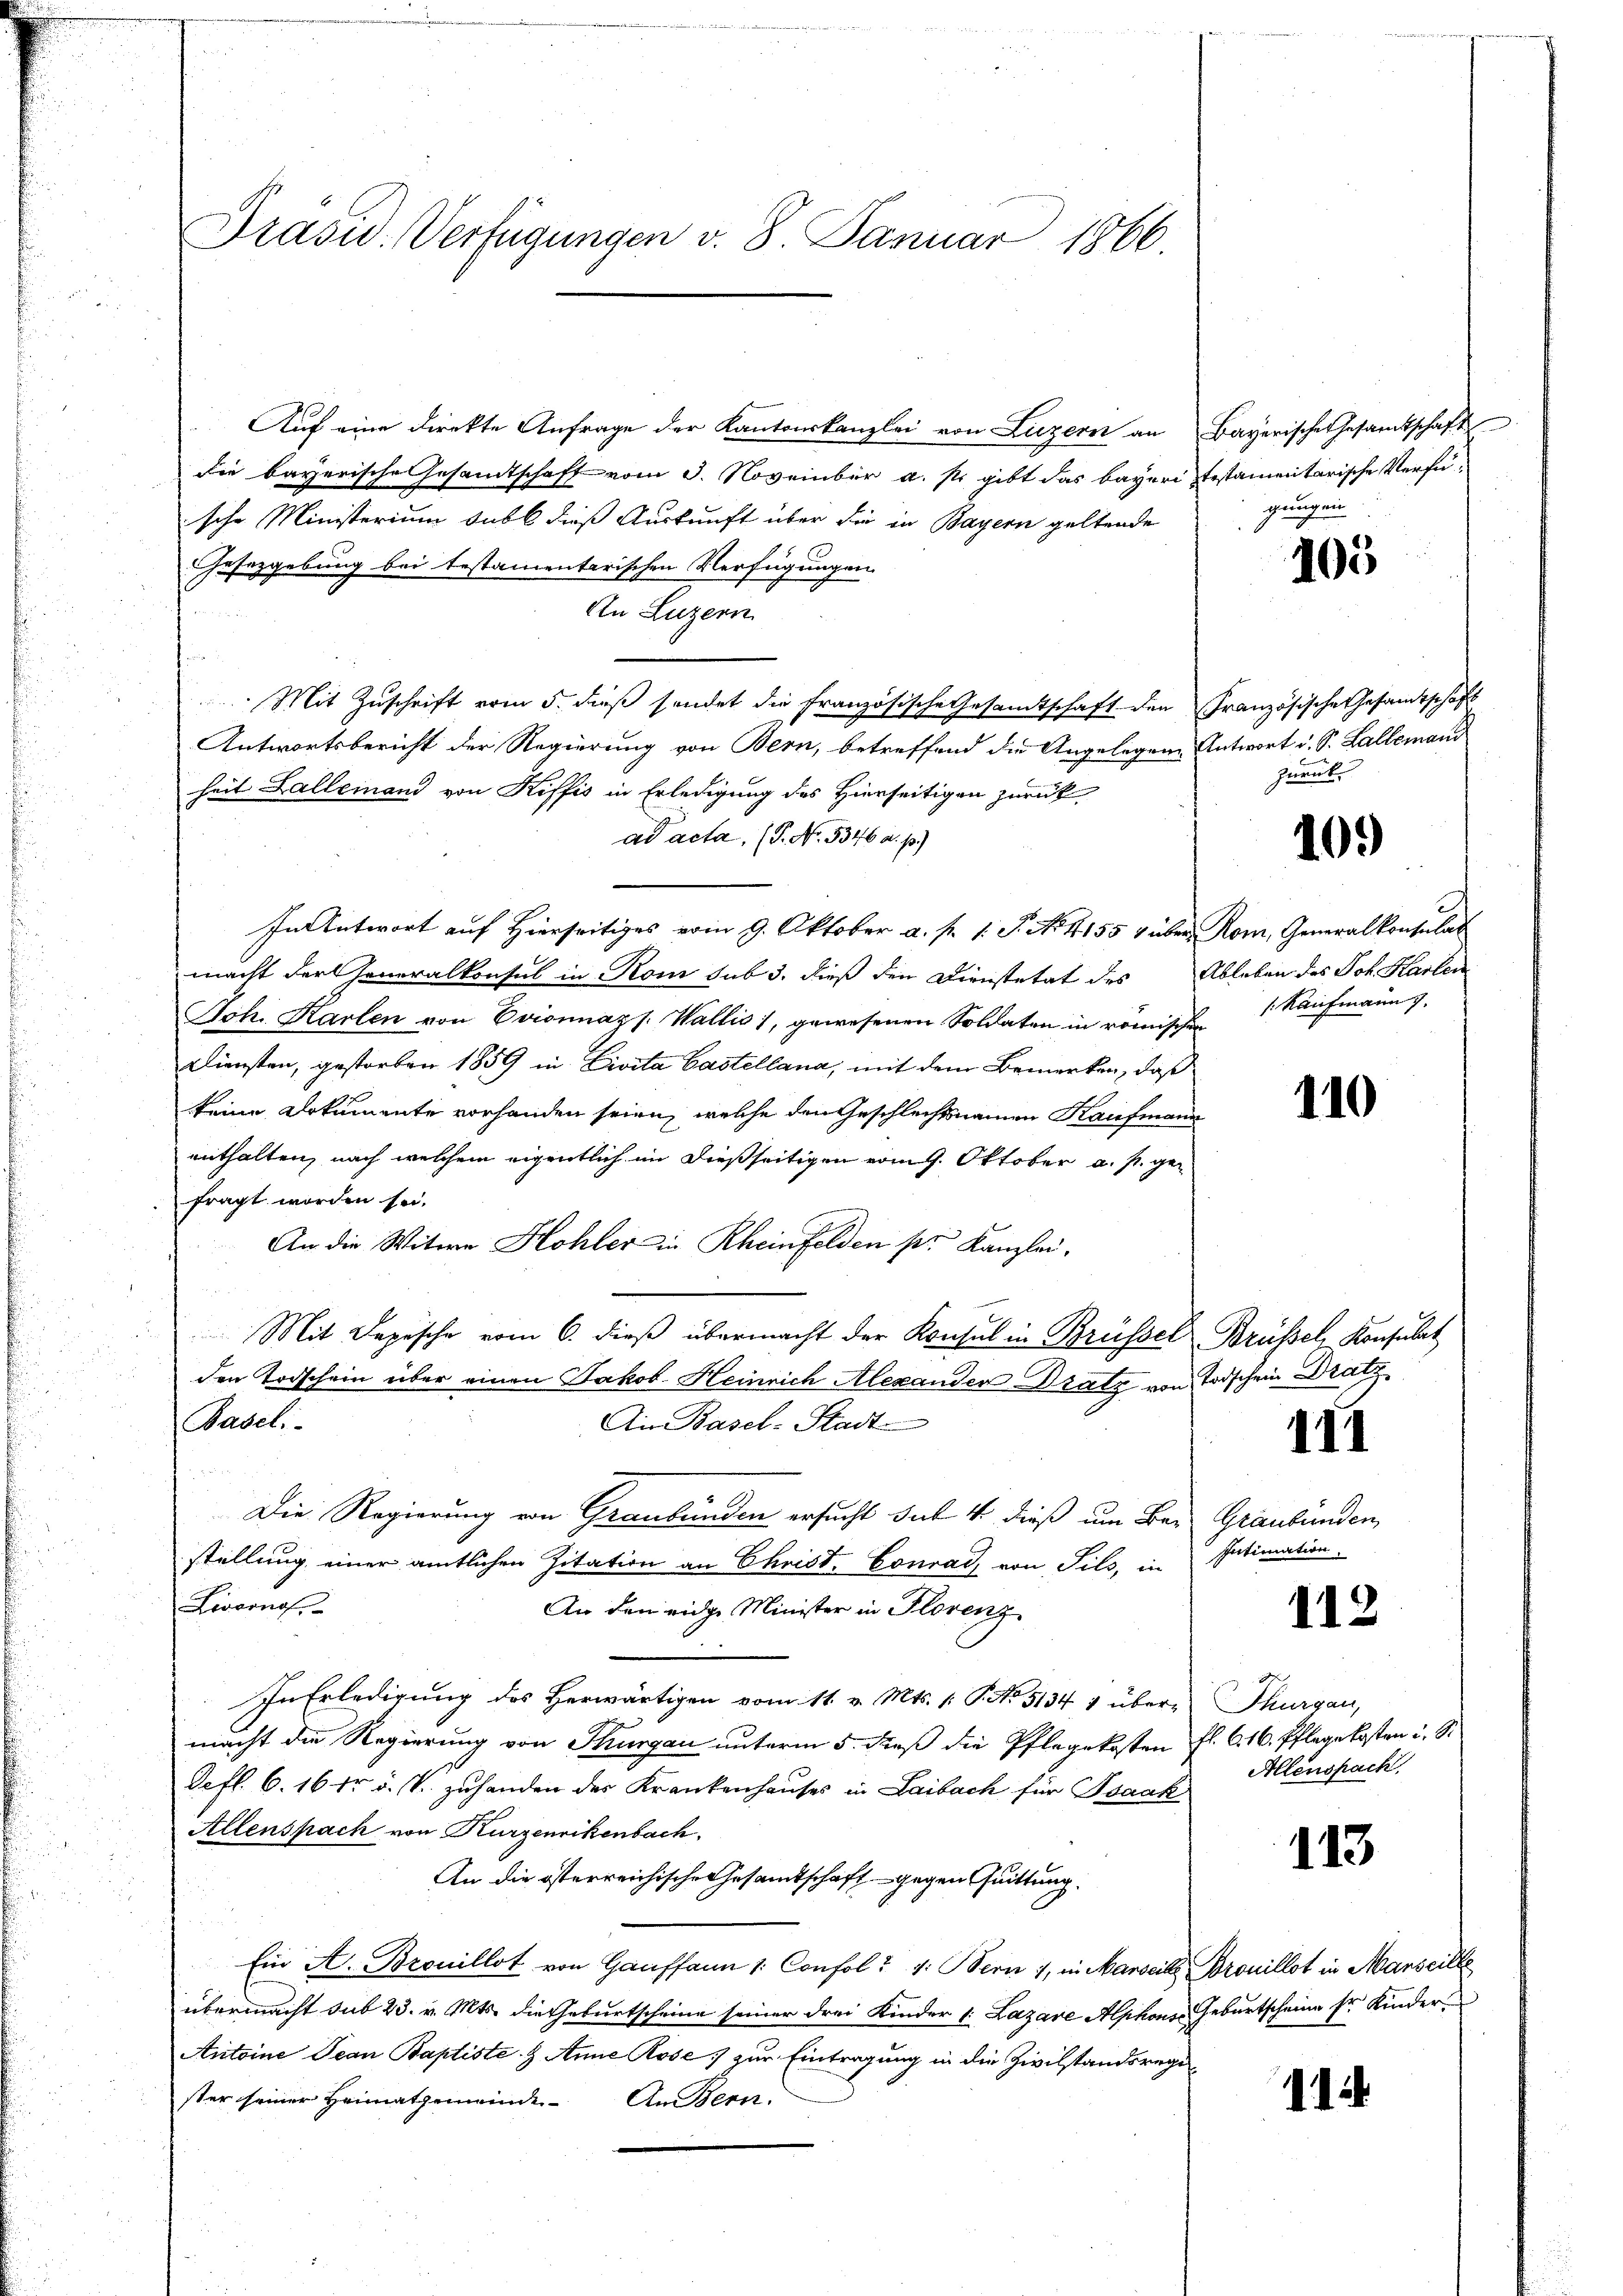
Präsid. Verfügungen v. 8. Januar 1866.

Auf eine direkte Anfrage der Kantonskanzlei von Luzern an Bayerischer Gesamtschaft
die bayerische Gesandtschaft vom 3. November a. s. gibt das bayeri testamentarische Verfüsche Ministerium subt dieß Auskunft über die in Bayern geltende
Gesetzgebung bei testamentarischen Verfügungen
An Luzern
  3
.
Mit Zuschrift vom 5. dieß sendet die Französische Gesamtschaft den Französische Gesamtschaft
Antwortsbericht der Regierung von Bern, betreffend die Angelegen Antwort d. S. Lallemand
heit Lallemand von Kiffis in Erledigung des Hierseitigen zurück
ad acta, (T. No. 5346 a. p.)
In Antwort auf Hierseitiges vom 9. Oktober a. p. 1. J. No. 4155 & über Rom, Generalkonsulat
macht der Generalkonsul in Rom sub 3. dieß den Dienstetat des Ableben des Joh. Karten
Joh. Karten von Evionnazs. Wallis, gewesenen Soldaten in römischen
Diensten, gestorben 1859 in Divita Castellana, mit dem Bemerken, daß
keine Dokumente vorhanden seien, welche den Geschlechtsnamen Kaufmann
enthalten, nach welchem eigentlich im dießseitigen vom 9. Oktober a. p. gefragt worden sei.
An die Witwe Hohler in Rheinfelden pr. Kanzlei.
Mit Depesche vom 6. dieß übermacht der Konsul in Brüssel Brüssel, Konsult
den Todschein über einen Jakob. Heinrich Alexander Dratz von Todschein Dratz
Ai Basel-Stadt
Paseli
Die Regierung von Graubünden ersucht das 4. dieß um Bei Graubünden
stellung einer amtlichen Zitation an Christ. Conrad von Pils, in
Livorno,
An den eidge Minister in Florenz
In Erledigung des Herwärtigen vom 11. v. Mts. 1. P. No. 5134 1 über-Thurgau,
macht die Regierung von Thurgau unterm 5. dieß die Pflegekosten fl. 6. 16. Pflegekosten u. S.
Defl. 6. 16 fr. v. V. zuhanden der Krankenhauses in Laibach für Isaak
Allenspach von Kurzenrikenbach.
An die österreichische Gesamtschaft gegen Quittung.
Ein A. Brouillot von Gauffann 1. Confol? 4: Bern 1, in Marseils rouillot in Marseille
übermacht sub 23. v. Mts. die Geburtscheine seiner drei Kinder 1. Lazare Alphons Geburtscheine Er Kinder
Antoine Jean Baptiste- & Anne Rose zur Eintragung in die Zivilstandsregister seiner Heimatgemeinde. An Bern.

gungen

105

zurück

10.)

/:Kaufmann

110

II

Intimation

112

Allenspach

113

11